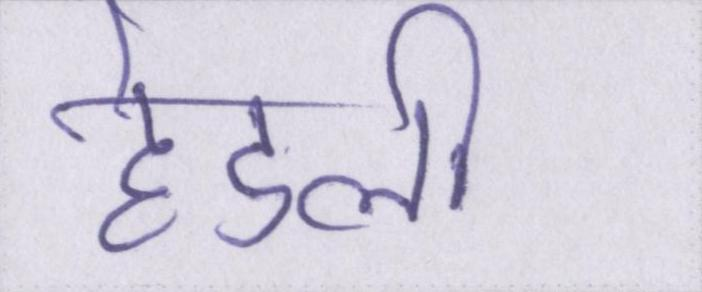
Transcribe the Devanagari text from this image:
हेडली